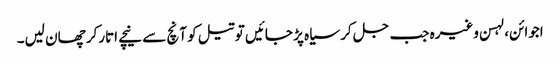
اجوائن، لہسن وغیرہ جب جل کر سیاہ پڑ جائیں تو تیل کو آنچ سے نیچے اتارکر چھان لیں۔